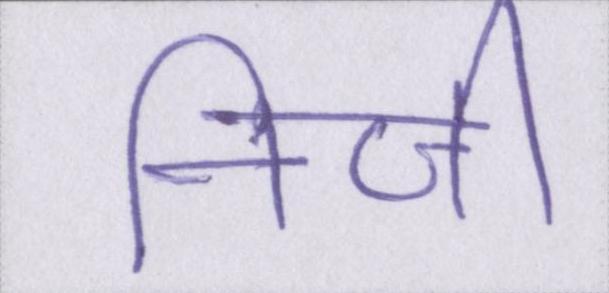
निजी